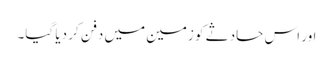
اور اس حادثے کو زمین میں دفن کر دیا گیا۔